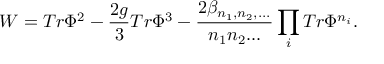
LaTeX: W = T r \Phi ^ { 2 } - \frac { 2 g } { 3 } T r \Phi ^ { 3 } - \frac { 2 \beta _ { n _ { 1 } , n _ { 2 } , . . . } } { n _ { 1 } n _ { 2 } . . . } \prod _ { i } T r \Phi ^ { n _ { i } } .